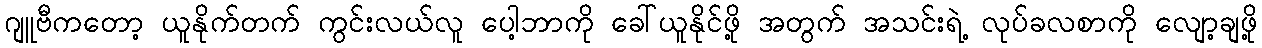
ဂျူဗီကတော့ ယူနိုက်တက် ကွင်းလယ်လူ ပေါ့ဘာကို ခေါ်ယူနိုင်ဖို့ အတွက် အသင်းရဲ့ လုပ်ခလစာကို လျော့ချဖို့